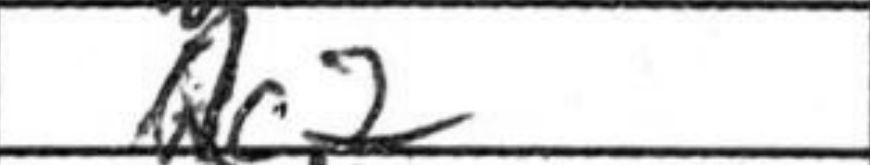
Transcription: Rc2